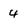
Character: 4